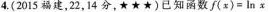
4.(2015福建，22，14分，★★★)已知函数f(x)=ln x